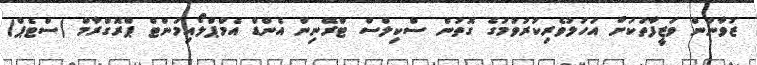
ޒުވާނުން ވަޒީފާތަކަށް އަހުލުވެރިކުރުވުމުގެ ގޮތުން ސްކިލްސް ޓްރޭނިން އެންޑް އެމްޕްލޯއިމަންޓް ޕްރޮގްރާމް (ސްޓެޕް)